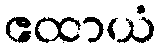
ဧထာယံ